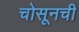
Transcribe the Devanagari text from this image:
चोसूनची